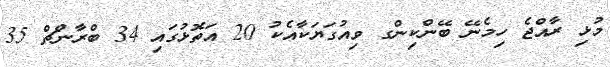
މުޅި ރާއްޖެ ހިމެނޭ ބޭންކިންގ ވިއުގަޔަކާއެކު 20 އަތޮޅުގައި 34 ބްރާންޗް 35